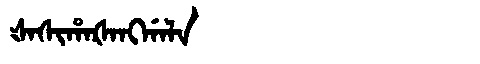
Manchu: ᡧᠠᠰᡳᡥᠠᡧᠠᠩᡤᠠᠯᠠ
Romanization: ŠASIHAŠANGGALA